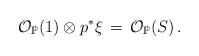
LaTeX: \begin{align*}{\mathcal O}_{\mathbb P} (1)\otimes p^*\xi\,=\, {\mathcal O}_{\mathbb P}(S)\, .\end{align*}